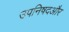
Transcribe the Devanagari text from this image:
उपनिषदऔर